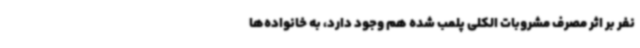
نفر بر اثر مصرف مشروبات الکلی پلمب شده هم وجود دارد، به خانواده‌ها